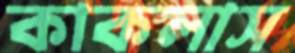
কাকলাস